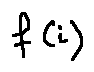
f ( i )